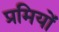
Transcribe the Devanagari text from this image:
प्रमियों